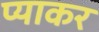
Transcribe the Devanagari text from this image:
प्याकर